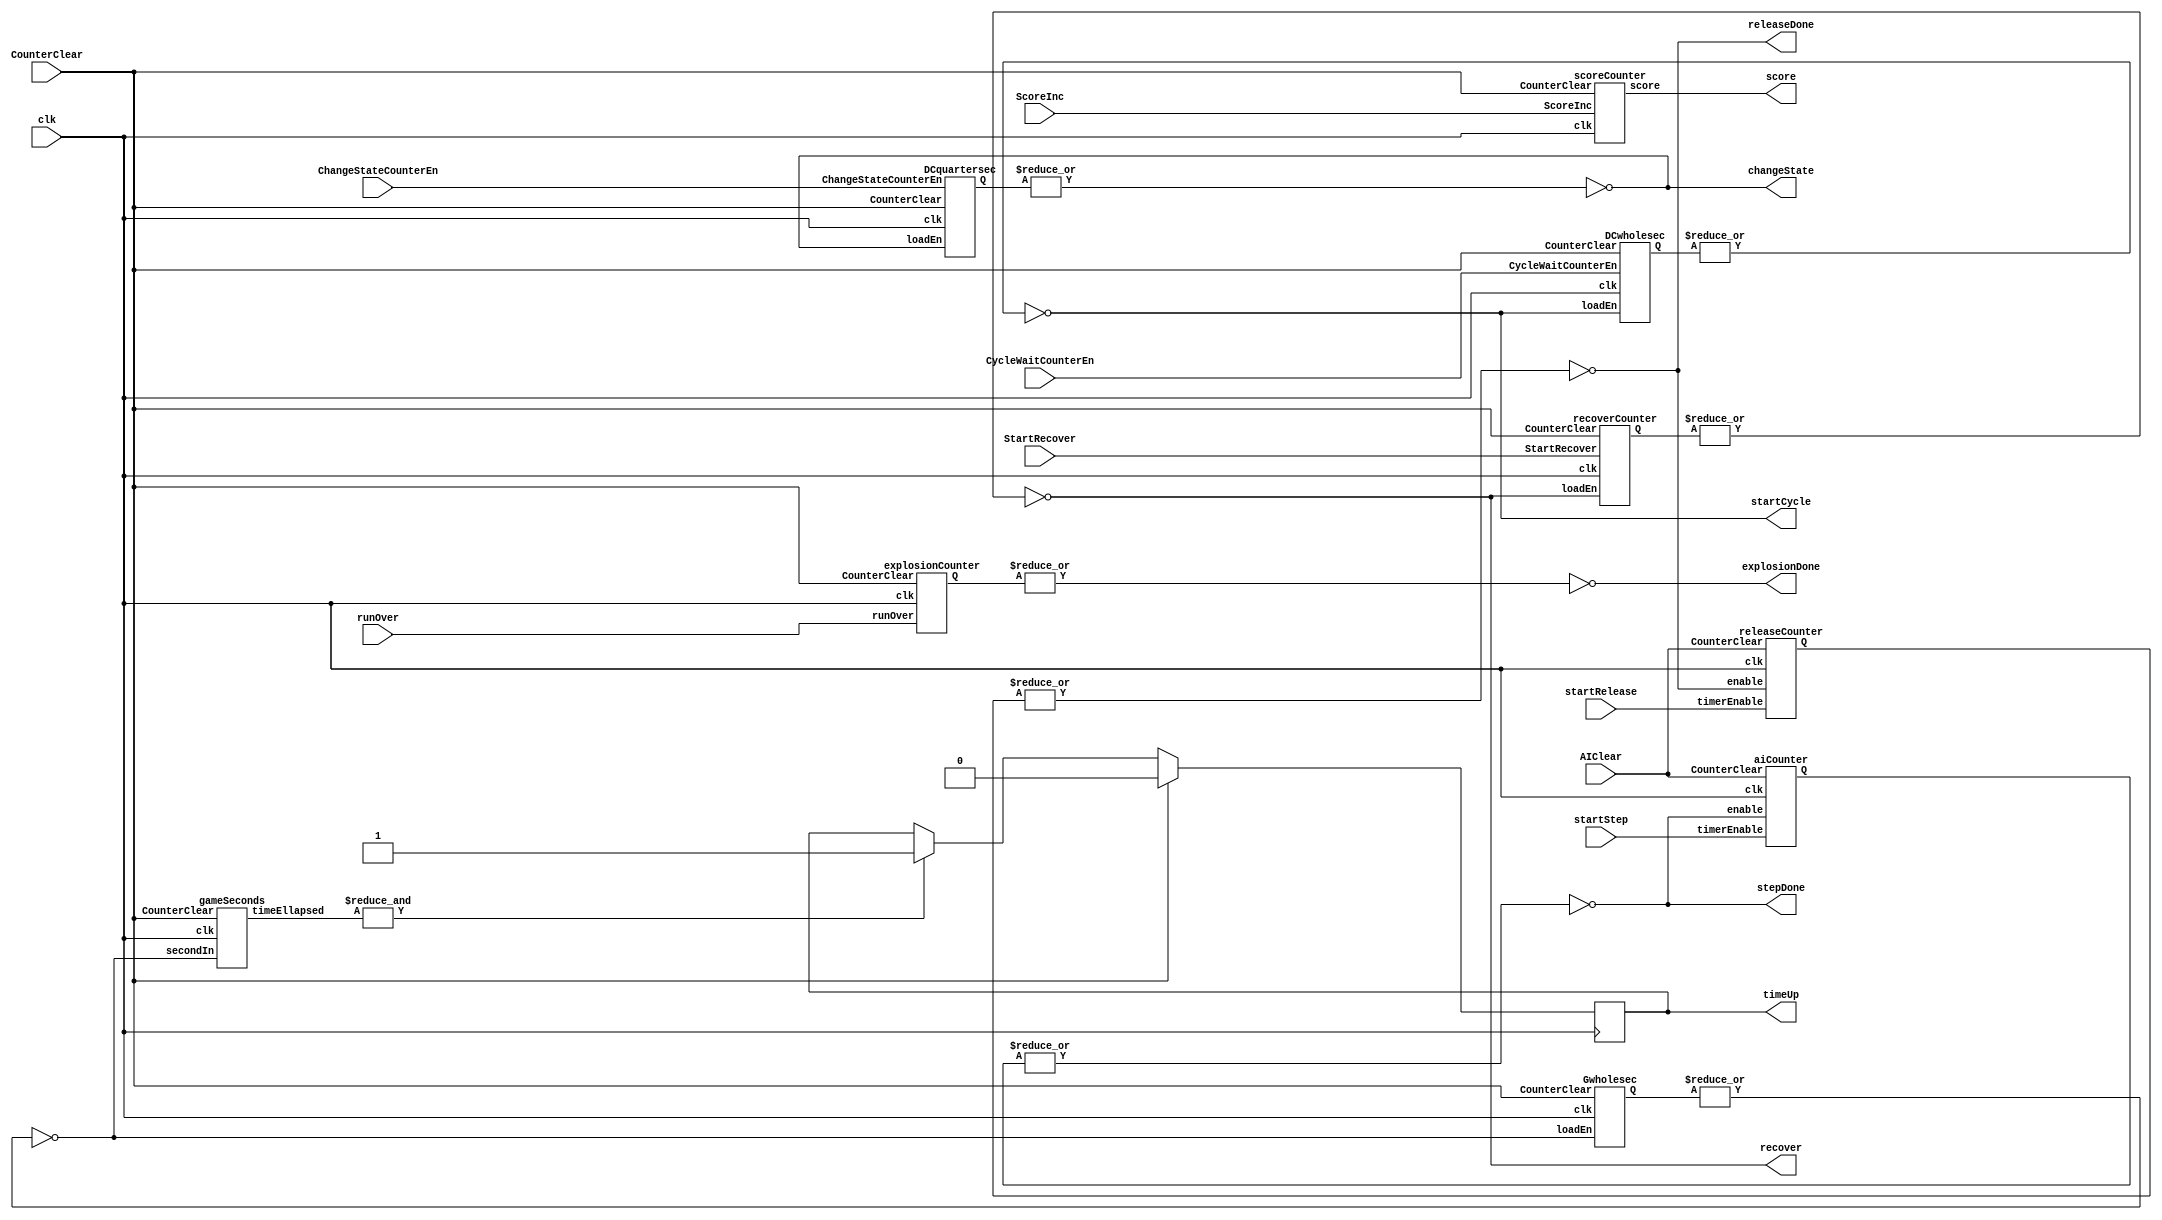
//FILE: game logic counters

//control unit for the two counters: provides signal for changing state and cycle
module counterControl (
	input clk, CycleWaitCounterEn, ChangeStateCounterEn, CounterClear, AIClear, ScoreInc, StartRecover, runOver, startStep, startRelease,
	output changeState, startCycle, recover, explosionDone, stepDone,releaseDone,
	output reg timeUp,
	output [9:0] score);
	
	wire [25:0] DCquarterOut;
	wire [25:0] DChalfOut;
	wire [25:0] DCGwholeOut;
	wire [25:0] recoverOut;
	wire [25:0] explosionOut;
	wire [25:0] aiOut, releaseOut;
	wire [5:0] timeEllapsed;
	wire secEn;
	
	DCquartersec unit1 (clk, changeState, ChangeStateCounterEn, CounterClear, DCquarterOut);
	DCwholesec unit2 (clk, startCycle, CycleWaitCounterEn, CounterClear, DChalfOut);
	Gwholesec unit3 (clk, secEn, CounterClear, DCGwholeOut);
	gameSeconds unit4 (clk, secEn, CounterClear, timeEllapsed);
	scoreCounter unit5 (clk, ScoreInc, CounterClear, score);
	recoverCounter unit6 (clk, recover, CounterClear, StartRecover, recoverOut);
	explosionCounter unit7(clk, runOver, CounterClear, explosionOut);
	aiCounter unit8 (clk, AIClear, startStep, stepDone, aiOut);
	releaseCounter unit9 (clk, AIClear, startRelease, releaseDone, releaseOut);
	
	assign changeState = ~(|DCquarterOut);
	assign startCycle = ~(|DChalfOut);
	assign secEn = ~(|DCGwholeOut);
	assign timeUpPulse = (&timeEllapsed);
	assign recover = ~(|recoverOut);
	assign explosionDone = ~(|explosionOut);
	assign stepDone = ~(|aiOut);
	assign releaseDone = ~(|releaseOut);
	
	always @(posedge clk)
	begin
		if (CounterClear)
			timeUp = 0;
		else if (timeUpPulse)
			timeUp = 1;
	end
endmodule


//counter for changing obstacle state
module DCquartersec (input clk, loadEn, ChangeStateCounterEn, CounterClear, output reg [25:0] Q);
	always @(posedge clk)
	begin
		if (CounterClear)
			Q <= 26'd0;
		else if (loadEn & ChangeStateCounterEn)
			Q <= 26'd5880000;
		else
			Q <= Q - 1;
	end
endmodule


//counter for changing obstacle cycle
module DCwholesec (input clk, loadEn, CycleWaitCounterEn, CounterClear, output reg [25:0] Q);
	always @(posedge clk) 
	begin
		if (CounterClear)
			Q <= 26'd0;
		else if(loadEn & CycleWaitCounterEn)
			Q <= 26'd50000000;
		else
			Q <= Q - 1;
	end
endmodule


//up counter for counting seconds since game started
module gameSeconds (
	input clk, secondIn, CounterClear,
	output reg [5:0] timeEllapsed);
	
	always @(posedge clk)
	begin
		if (CounterClear)
			timeEllapsed <= 0;
		else if (secondIn)
			timeEllapsed <= timeEllapsed + 1;
	end
endmodule


//down counter for game seconds
module Gwholesec (
	input clk, loadEn, CounterClear, 
	output reg [25:0] Q);
	
	always @(posedge clk) 
	begin
		if (CounterClear)
			Q <= 26'd0;
		else if(loadEn)
			Q <= 26'd50000000;
		else
			Q <= Q - 1;
	end
endmodule


//score counter increment every cycle
module scoreCounter (
	input clk, ScoreInc, CounterClear,
	output reg [9:0] score);
	
	always @(posedge clk)
	begin
		if (CounterClear)
			score <= 0;
		if (ScoreInc)
			score <= score + 1;
	end
endmodule


//recover counter 1 second
module recoverCounter (
	input clk, loadEn, CounterClear, StartRecover,
	output reg [25:0] Q);
	
	always @(posedge clk) 
	begin
		if (CounterClear)
			Q <= 26'd0;
		else if (StartRecover)
			if(loadEn)
				Q <= 26'd50000000;
			else
				Q <= Q - 1;
	end
endmodule


//eighth second counter for changing obstacle state
module explosionCounter (input clk, runOver, CounterClear, output reg [25:0] Q);
	always @(posedge clk)
	begin
		if (CounterClear)
			Q <= 26'd0;
		else if (runOver)
			Q <= 26'd15000000;
		else
			Q <= Q - 1;
	end
endmodule


//counter for AI decisions
module aiCounter (input clk, CounterClear, timerEnable, enable, output reg [25:0] Q);
	always @(posedge clk)
	begin
		if (CounterClear)
			Q <= 26'd1;
		else if (timerEnable & enable)
			Q <= 26'd3528985;
			
		else
			Q <= Q - 1;
	end
endmodule


//counter for AI inaction
module releaseCounter (input clk, CounterClear, timerEnable, enable, output reg [25:0] Q);
	always @(posedge clk)
	begin
		if (CounterClear)
			Q <= 26'd1;
		else if (timerEnable & enable)
			Q <= 26'd50000;
			
		else
			Q <= Q - 1;
	end
endmodule